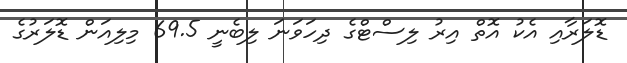
ޑޮލަރާއި އެކު އޮތް އިރު ލިސްޓްގެ ދިހަވަނަ ލިބެނީ 69.5 މިލިއަން ޑޮލަރުގެ